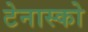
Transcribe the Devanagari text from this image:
टेनास्को